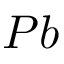
P b